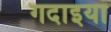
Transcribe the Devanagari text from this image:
गदाइया